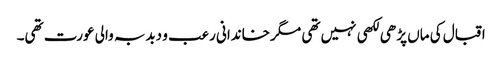
اقبال کی ماں پڑھی لکھی نہیں تھی مگر خاندانی رعب و دبدبہ والی عورت تھی۔